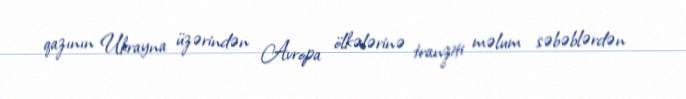
qazının Ukrayna üzərindən Avropa ölkələrinə tranziti məlum səbəblərdən